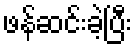
ဖန်ဆင်းခဲ့ပြီး